Scottish Leaving Certificate Examination, 1961
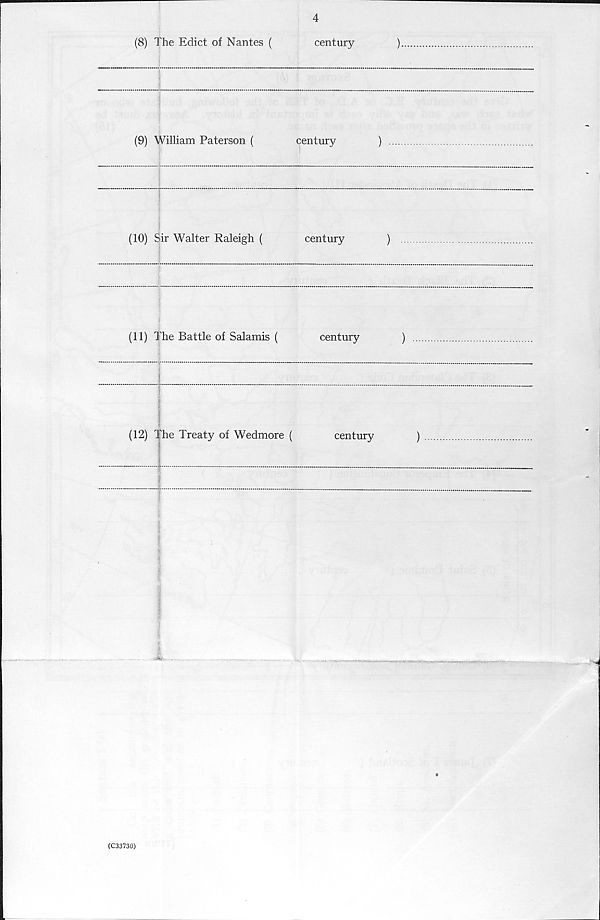
4
(8) The Edict of Nantes (
century
)
(9) William Paterson (
century
)
(10) Sir Walter Raleigh (
century
)
(11) The Battle of Salamis (
century
)
...
(12) The Treaty of Wedmore (
century
)
(C33730)